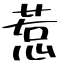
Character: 惹